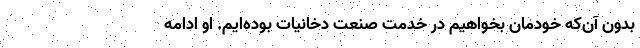
بدون آن‌که خودمان بخواهیم در خدمت صنعت دخانیات بوده‌ایم. او ادامه